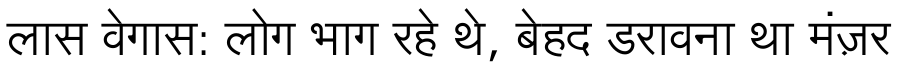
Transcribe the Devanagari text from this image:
लास वेगास: लोग भाग रहे थे, बेहद डरावना था मंज़र